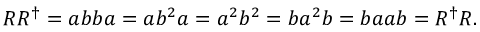
R R ^ { \dagger } = a b b a = a b ^ { 2 } a = a ^ { 2 } b ^ { 2 } = b a ^ { 2 } b = b a a b = R ^ { \dagger } R .